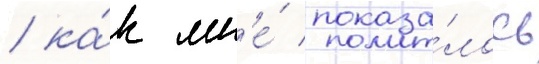
/ ка́к мн'е́ показа́лось